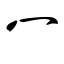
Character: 冖